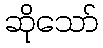
ဆိုသော်